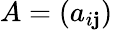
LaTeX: A=(a_{i\mathbf{j}})